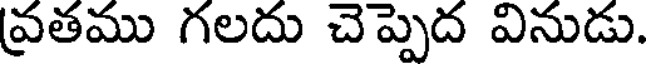
వ్రతము గలదు చెప్పెద వినుడు.